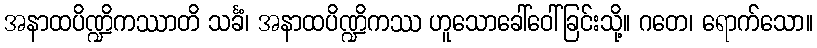
အနာထပိဏ္ဍိကဿာတိ သင်္ခံ၊ အနာထပိဏ္ဍိကဿ ဟူသောခေါ်ဝေါ်ခြင်းသို့။ ဂတေ၊ ရောက်သော။